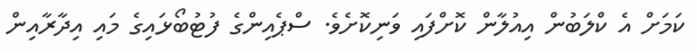
ކަމަށް އެ ކްލަބުން އިއުލާން ކޮށްފައި ވަނިކޮށެވެ. ސްޕެއިންގެ ފުޓުބޯޅައިގެ މައި އިދާރާއިން